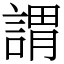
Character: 謂